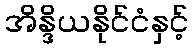
အိန္ဒိယနိုင်ငံနှင့်